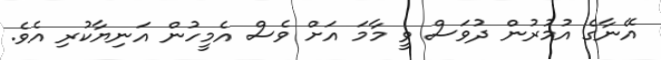
އޭނާގެ އުމުރުން ދުވަސް ވީ މާމަ އަށް ވެސް އެމީހުން އަނިޔާކުރި އެވެ.